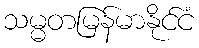
သမ္မတမြန်မာနိုင်ငံ